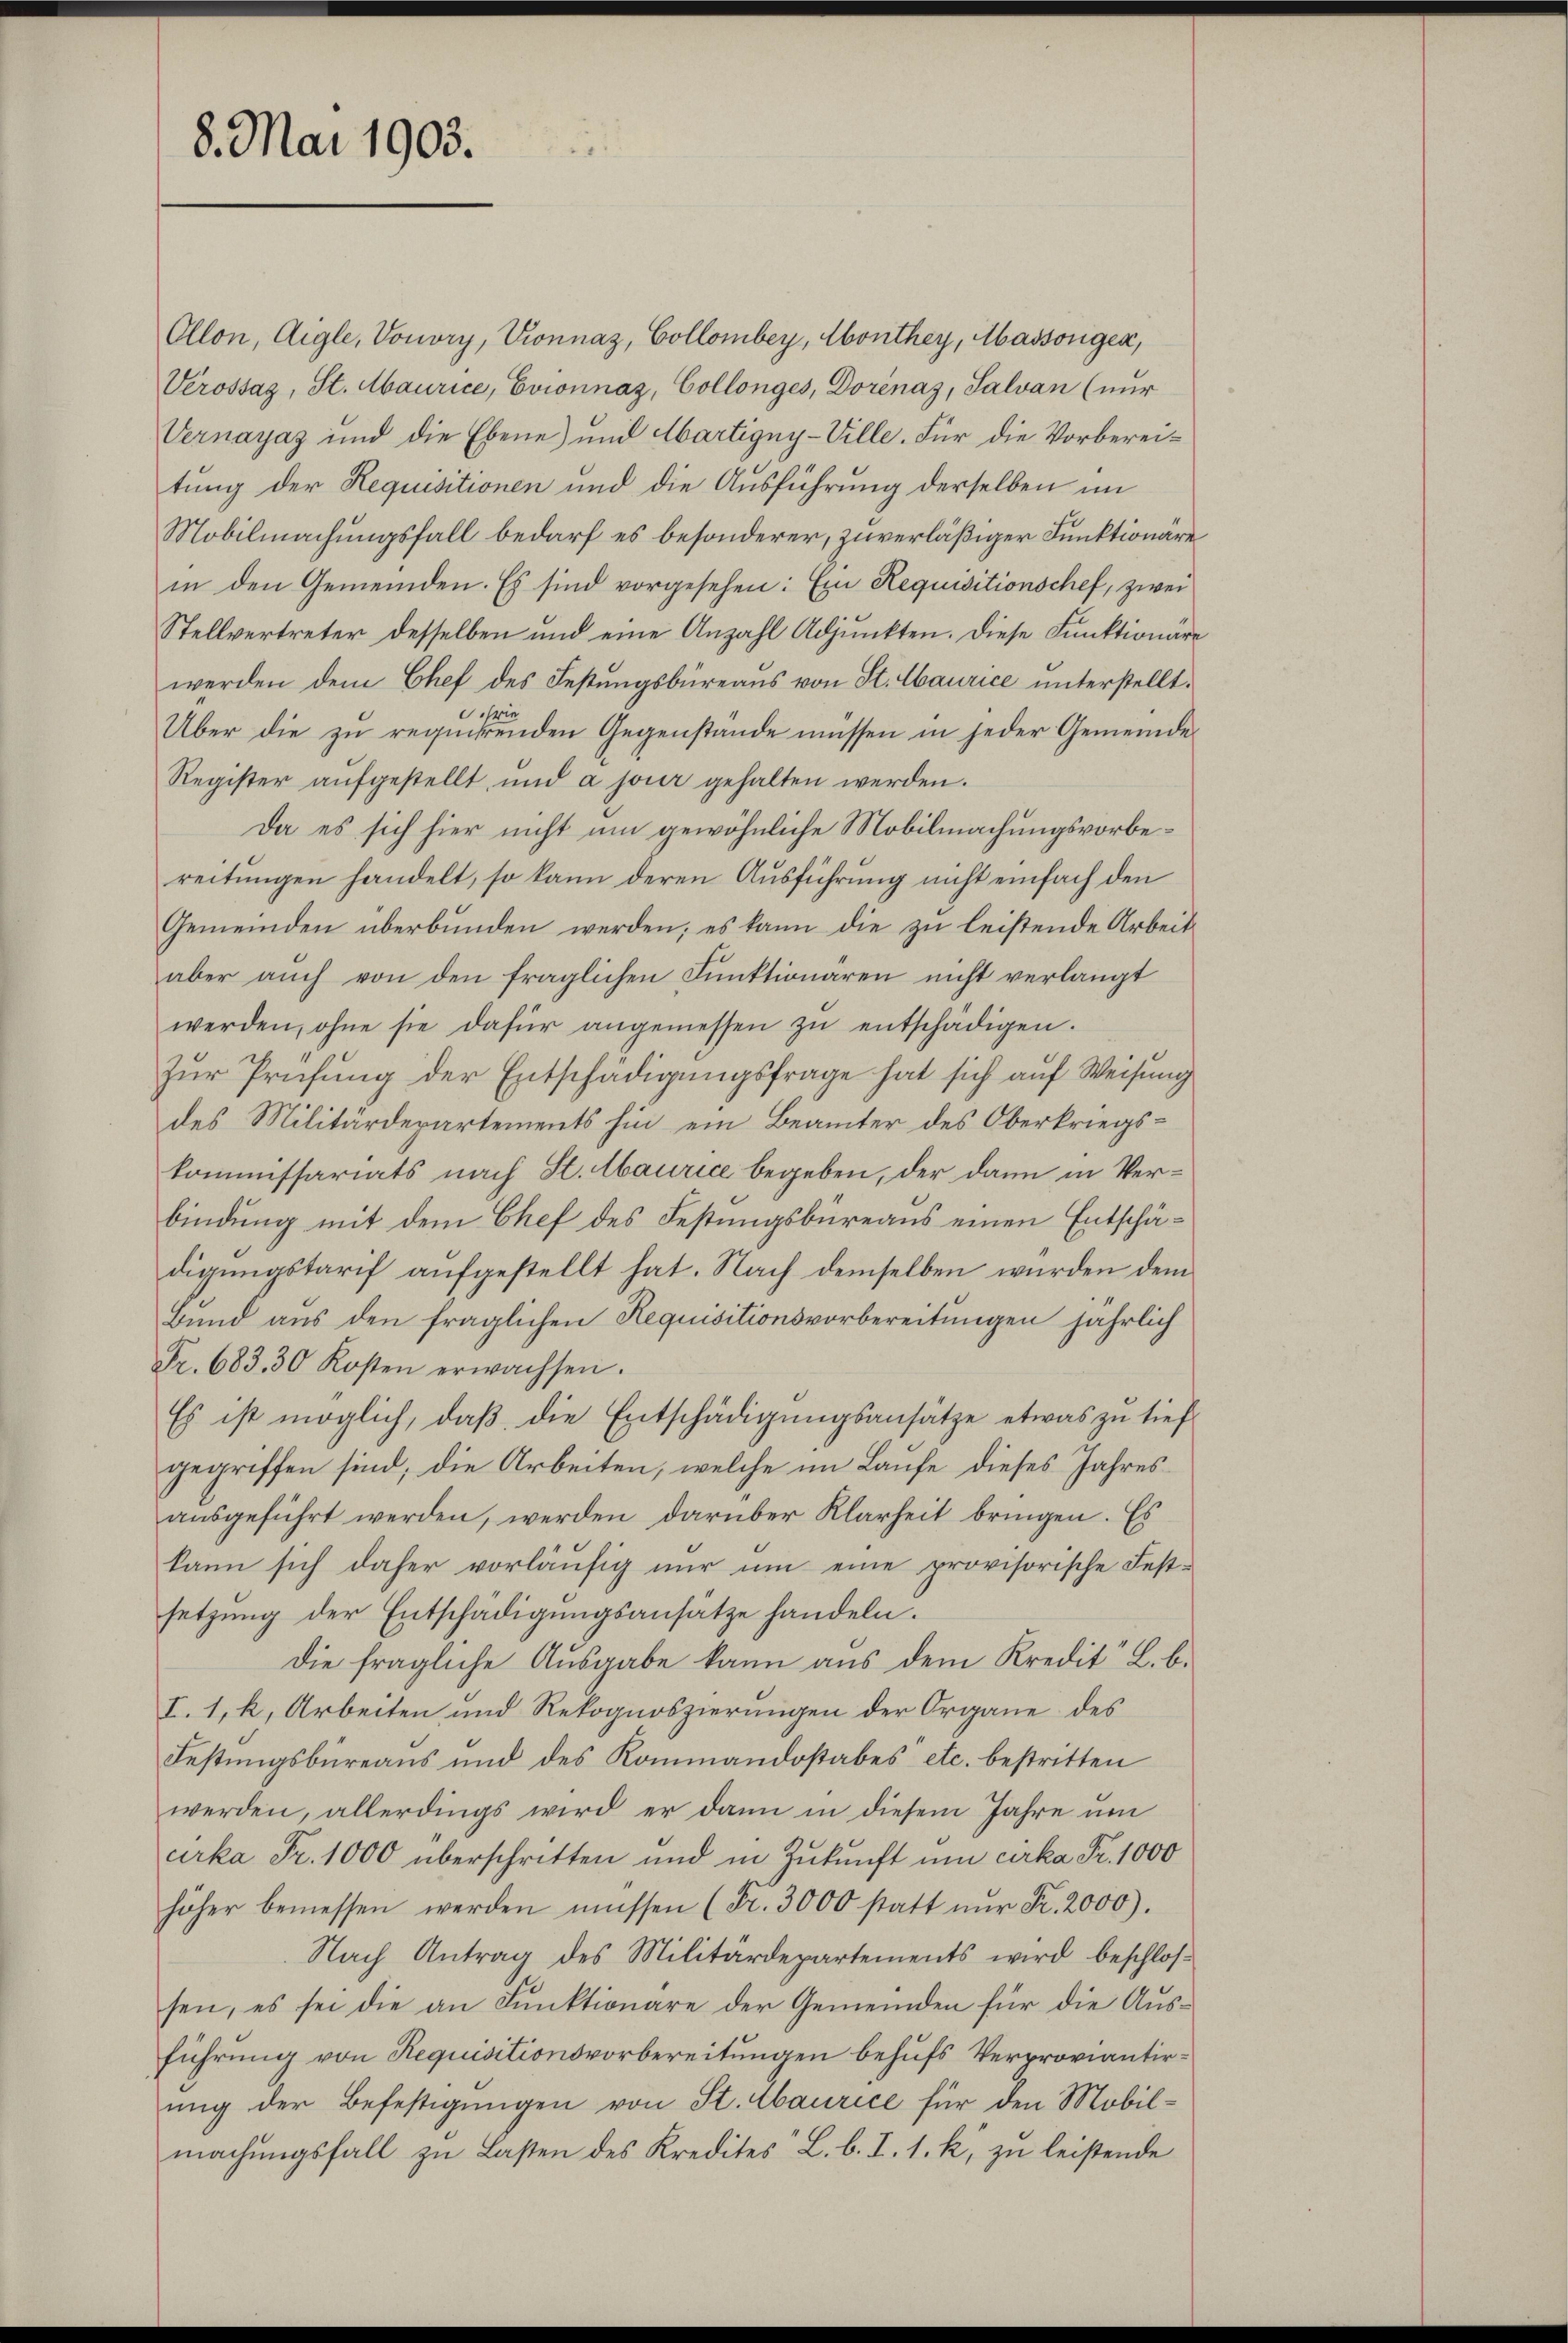
8. Mai 1903.

Vernayaz und die Ebene) und Martigny-Ville. Für die Vorbereitung der Requisitionen und die Ausführung derselben im
Mobilmachungsfall bedarf es besonderer, zuverläßiger Funktionäre
in den Gemeinden. Es sind vorgesehen: Ein Requisitionschef, zwei
Stellvertreter desselben und eine Anzahl Adjunkten. Diese Funktionäre
werden dem Chef des Festungsbüreaus von St. Maurice unterstellt.
dis
Über die zu requirenden Gegenstände müssen in jeder Gemeinde
Register aufgestellt, und a jour gehalten werden.
Da es sich hier nicht um gewöhnliche Mobilmachungsvorbereitungen handelt, so kann deren Ausführung nicht einfach den
Gemeinden überbunden werden; es kann die zu leistende Arbeit
aber auch von den fraglichen Funktionären nicht verlangt
werden, ohne sie dafür angemessen zŭ entschädigen.
zur Prüfung der Entschädigungsfrage hat sich auf Weisung
des Militärdepartements hin ein Beamter des Oberkriegskommissariats nach St. Abaurice begeben, der dann in Verbindung mit dem Chef des Festungsbüreaus einen Entschädigungstarif aufgestellt hat. Nach demselben wurden dem
Band aus den fraglichen Requisitionsvorbereitungen jährlich
Fr. 683. 30 Kosten erwachsen.
Es ist möglich, daβ die Entschädigŭngsansätze etwas zu tief
gegriffen sind, die Arbeiten, welche im Laufe dieses Jahresaŭsgeführt werden, werden darüber Klarheit bringen. Es
kann sich daher vorläufig nur um eine provisorische Festsetzung der Entschädigungsansätze handeln.
die fragliche Aŭsgabe kann aus dem Kredit L. b.
I. 1. k. Arbeiten und Rekognoszierungen der Organe des
Festungsbureaus und des Kommandostabes etc. bestritten
werden, allerdings wird er dann in diesem Jahre um
urka Fr. 1000 überschritten und in Zukunft um cirka Fr. 1000
höher bemessen werden müssen (Fr. 3000 statt nŭr Fr. 2000).
Nach Antrag des Militärdepartements wird beschlossen, es sei die an Funktionare der Gemeinden für die Ausführung von Requisitionsvorbereitungen behufs Verproviantirung der Befestigungen von St. Maurice für den Mobilmachŭngsfall zu Lasten des Kredites L. b. I. 1. k. zŭ leistende

Ollon, Aigle, Vouvry, Kronnaz, Collomber, Monthey, Massongen,
Vérossaz, St. Maurice, Evionnaz, Collonges, Dorénaz, Salvan (nur